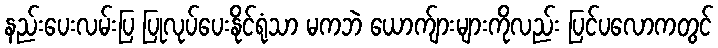
နည်းပေးလမ်းပြ ပြုလုပ်ပေးနိုင်ရုံသာ မကဘဲ ယောက်ျားများကိုလည်း ပြင်ပလောကတွင်